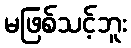
မဖြစ်သင့်ဘူး